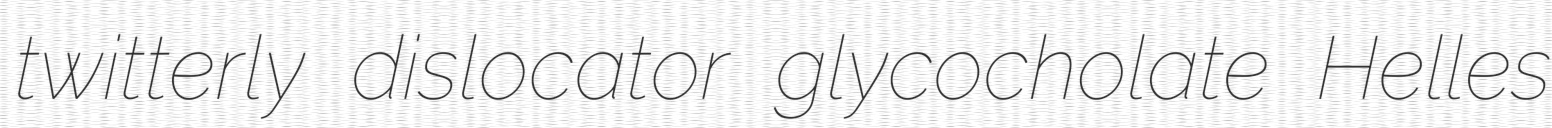
twitterly dislocator glycocholate Helles